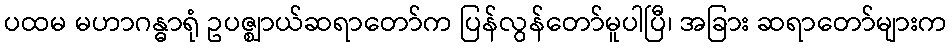
ပထမ မဟာဂန္ဓာရုံ ဥပဇ္ဈာယ်ဆရာတော်က ပြန်လွန်တော်မူပါပြီ၊ အခြား ဆရာတော်များက